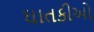
ઘાતકીઓ